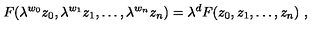
F ( \lambda ^ { w _ { 0 } } z _ { 0 } , \lambda ^ { w _ { 1 } } z _ { 1 } , \ldots , \lambda ^ { w _ { n } } z _ { n } ) = \lambda ^ { d } F ( z _ { 0 } , z _ { 1 } , \ldots , z _ { n } ) \ ,